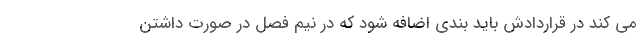
می کند در قراردادش باید بندی اضافه شود که در نیم فصل در صورت داشتن